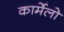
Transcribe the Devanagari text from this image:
कार्मेलो